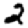
Digit: 2